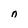
Character: n